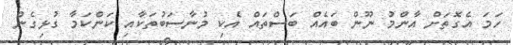
ހަމަ އެގޮތަށް އާންމު ނޫން ބައެއް ބަސްތައް އެކި މުނާސަބުތަކާއި ކަންކަމާ ގުޅިގެން